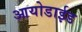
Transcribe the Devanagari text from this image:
आयोडाईड